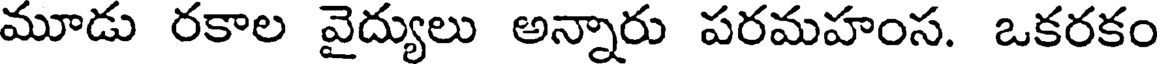
మూడు రకాల వైద్యులు అన్నారు పరమహంస. ఒకరకం